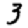
Digit: 3